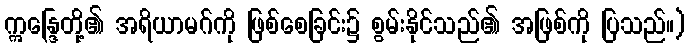
ဣန္ဒြေတို့၏ အရိယာမဂ်ကို ဖြစ်စေခြင်း၌ စွမ်းနိုင်သည်၏ အဖြစ်ကို ပြသည်။)